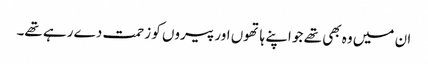
ان میں وہ بھی تھے جو اپنے ہاتھوں اور پیروں کو زحمت دے رہے تھے۔